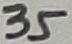
Text: 35